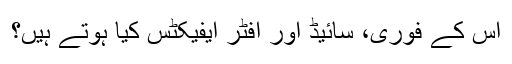
اس کے فوری، سائیڈ اور آفٹر ایفیکٹس کیا ہوتے ہیں؟